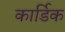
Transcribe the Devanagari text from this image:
कार्डिक